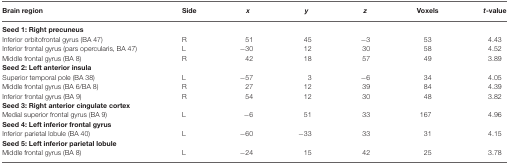
| Brain region | Side | x | y | z | Voxels | t-value |
 | --- | --- | --- | --- | --- | --- | --- |
 | Seed 1: Right precuneus |
 | Inferior orbitofrontal gyrus (BA 47) | R | 51 | 45 | −3 | 53 | 4.43 |
 | Inferior frontal gyrus (pars opercularis, BA 47) | L | −30 | 12 | 30 | 58 | 4.52 |
 | Middle frontal gyrus (BA 8) | R | 42 | 18 | 57 | 49 | 3.89 |
 | Seed 2: Left anterior insula |
 | Superior temporal pole (BA 38) | L | −57 | 3 | −6 | 34 | 4.05 |
 | Middle frontal gyrus (BA 6/BA 8) | R | 27 | 12 | 39 | 84 | 4.39 |
 | Inferior frontal gyrus (BA 9) | R | 54 | 12 | 30 | 48 | 3.82 |
 | Seed 3: Right anterior cingulate cortex |
 | Medial superior frontal gyrus (BA 9) | L | −6 | 51 | 33 | 167 | 4.96 |
 | Seed 4: Left inferior frontal gyrus |
 | Inferior parietal lobule (BA 40) | L | −60 | −33 | 33 | 31 | 4.15 |
 | Seed 5: Left inferior parietal lobule |
 | Middle frontal gyrus (BA 8) | L | −24 | 15 | 42 | 25 | 3.78 |